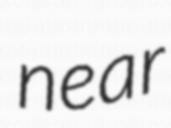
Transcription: near